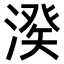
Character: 𣺍